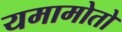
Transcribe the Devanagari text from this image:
यमामोतो